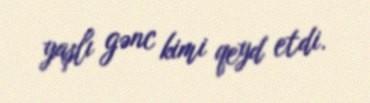
yaşlı gənc kimi qeyd etdi.